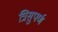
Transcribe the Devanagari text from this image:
त्रिसुपर्ण